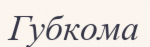
Губкома